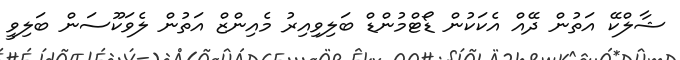
ޝާލްކޭ އަތުން ދޭއް އެކަކުން ޑޯޓްމުންޑް ބަލިވިއިރު މެއިންޒް އަތުން ލެވަކޫސަން ބަލިވީ